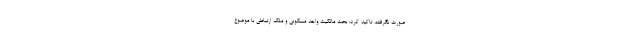
صورت نگرفته، تاکید کرد: بحث مالکیت واحد مسکونی و ملک ارتباطی با موضوع